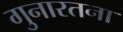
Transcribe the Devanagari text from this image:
गुनारतना